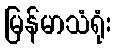
မြန်မာသံရုံး